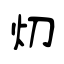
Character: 灱